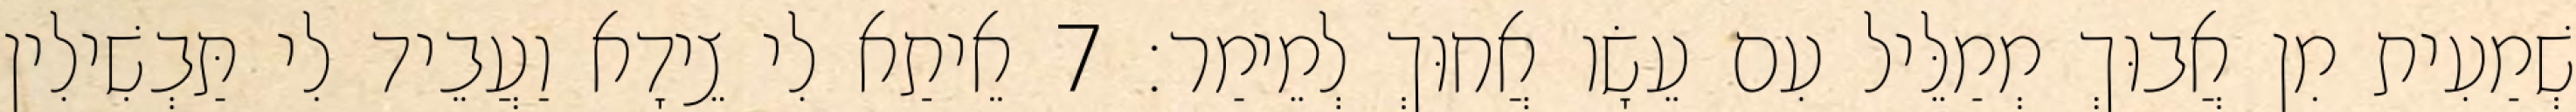
שְׁמַעִית מִן אֲבוּךְ מְמַלֵּיל עִם עֵשָׂו אֲחוּךְ לְמֵימַר׃ 7 אֵיתַא לִי צֵידָא וַעֲבֵיד לִי תַּבְשִׁילִין